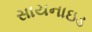
સાયનાઇડ